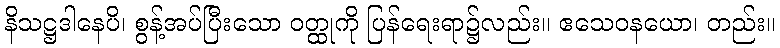
နိသဋ္ဌဒါနေပိ၊ စွန့်အပ်ပြီးသော ဝတ္ထုကို ပြန်ရေးရာ၌လည်း။ ဧသေဝနယော၊ တည်း။